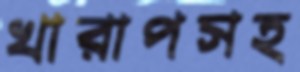
খারাপসহ